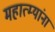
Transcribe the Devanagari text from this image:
महात्म्यांना